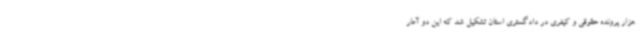
هزار پرونده حقوقی و کیفری در دادگستری استان تشکیل شد که این دو آمار